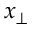
x _ { \perp }